Madras plague regulations and rules - Volume 2
Disease focus: Plague
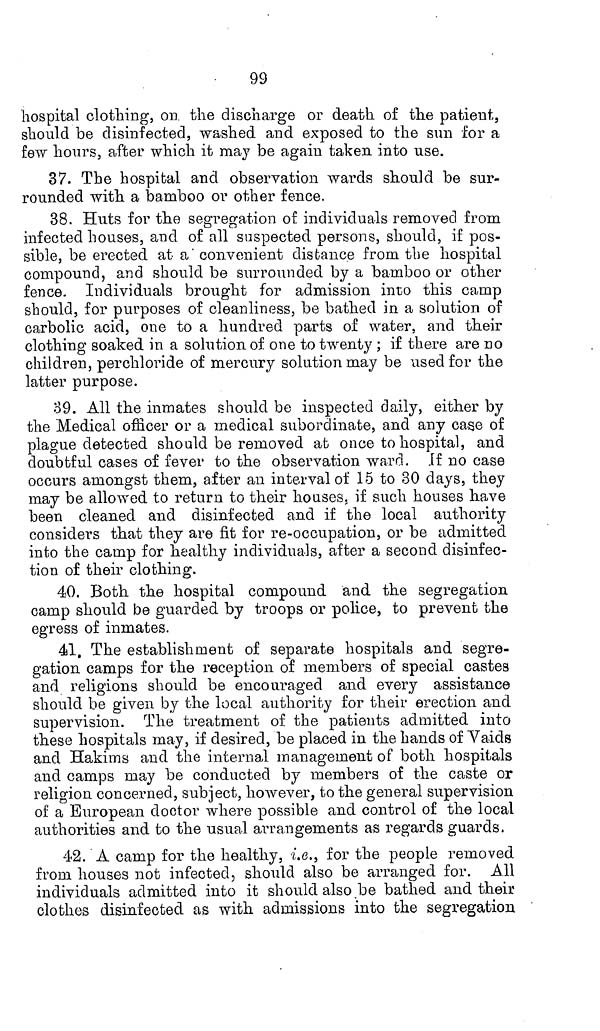
99
hospital clothing, on the discharge or death of the patient,
should be disinfected, washed and exposed to the sun for a
few hours, after which it may be again taken into use.
37. The hospital and observation wards should be sur-
rounded with a bamboo or other fence.
38. Huts for the segregation of individuals removed from
infected houses, and of all suspected persons, should, if pos-
sible, be erected at a convenient distance from the hospital
compound, and should be surrounded by a bamboo or other
fence. Individuals brought for admission into this camp
should, for purposes of cleanliness, be bathed in a solution of
carbolic acid, one to a hundred parts of water, and their
clothing soaked in a solution of one to twenty ; if there are no
children, perchloride of mercury solution may be used for the
latter purpose.
39. All the inmates should be inspected daily, either by
the Medical officer or a medical subordinate, and any case of
plague detected should be removed at once to hospital, and
doubtful cases of fever to the observation ward. If no case
occurs amongst them, after an interval of 15 to 30 days, they
may be allowed to return to their houses, if such houses have
been cleaned and disinfected and if the local authority
considers that they are fit for re-occupation, or be admitted
into the camp for healthy individuals, after a second disinfec-
tion of their clothing.
40. Both the hospital compound and the segregation
camp should be guarded by troops or police, to prevent the
egress of inmates.
41. The establishment of separate hospitals and segre-
gation camps for the reception of members of special castes
and religions should be encouraged and every assistance
should be given by the local authority for their erection and
supervision. The treatment of the patients admitted into
these hospitals may, if desired, be placed in the hands of Vaids
and Hakims and the internal management of both hospitals
and camps may be conducted by members of the caste or
religion concerned, subject, however, to the general supervision
of a European doctor where possible and control of the local
authorities and to the usual arrangements as regards guards.
42. A camp for the healthy, i.e., for the people removed
from houses not infected, should also be arranged for. All
individuals admitted into it should also be bathed and their
clothes disinfected as with admissions into the segregation